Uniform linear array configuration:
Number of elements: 64
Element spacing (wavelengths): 1
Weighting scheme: cosine
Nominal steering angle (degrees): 15
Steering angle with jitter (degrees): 13.498
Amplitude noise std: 0.05
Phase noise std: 0.05

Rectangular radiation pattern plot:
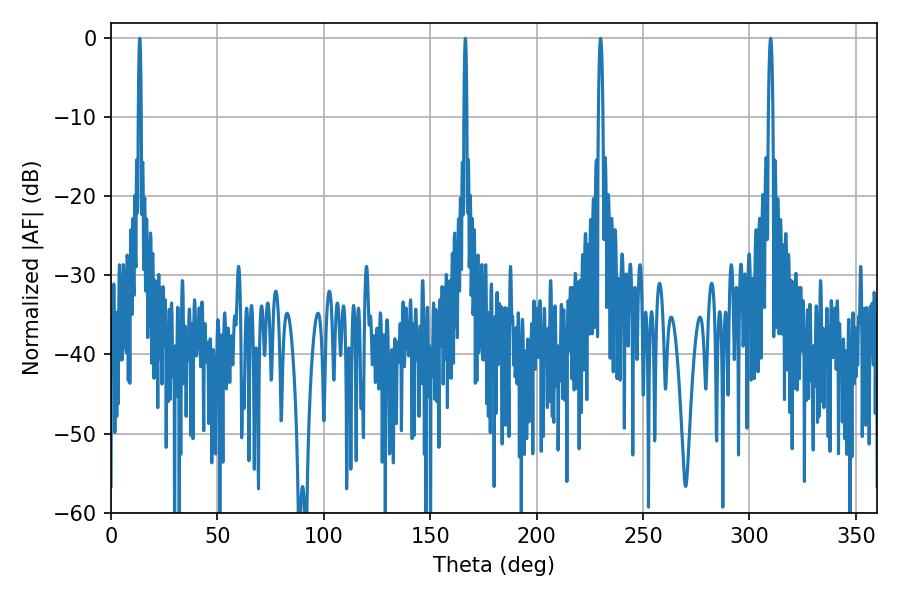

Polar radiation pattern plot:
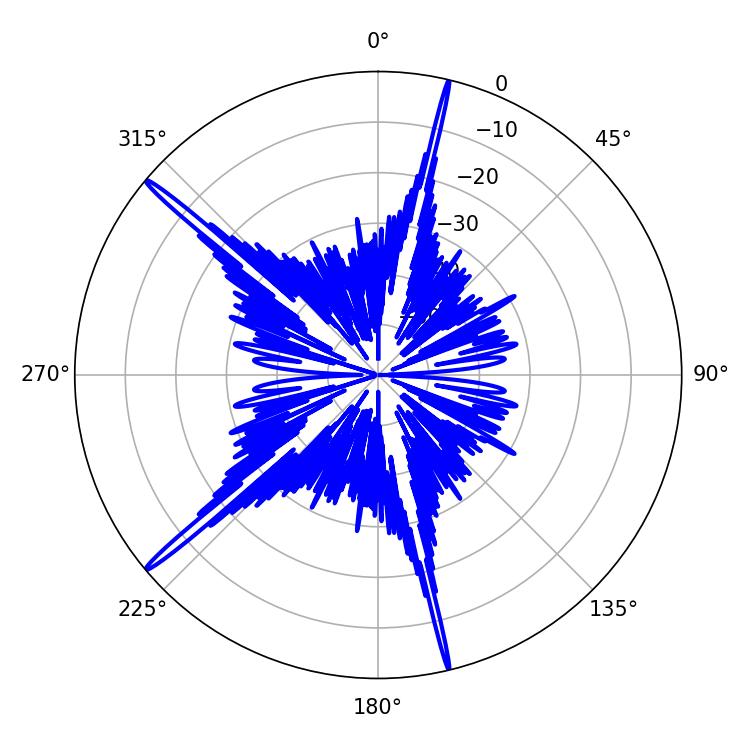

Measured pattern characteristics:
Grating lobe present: TRUE
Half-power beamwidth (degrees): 0.72
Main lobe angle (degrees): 13.5